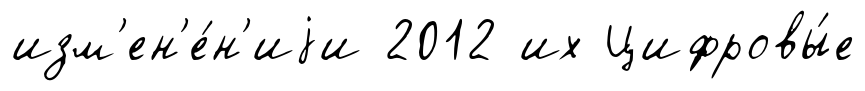
изм'ен'е́н'иjи 2012 их Цифровы́е